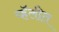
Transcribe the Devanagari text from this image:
व्हॅलीत